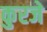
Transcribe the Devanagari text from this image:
कुरजे